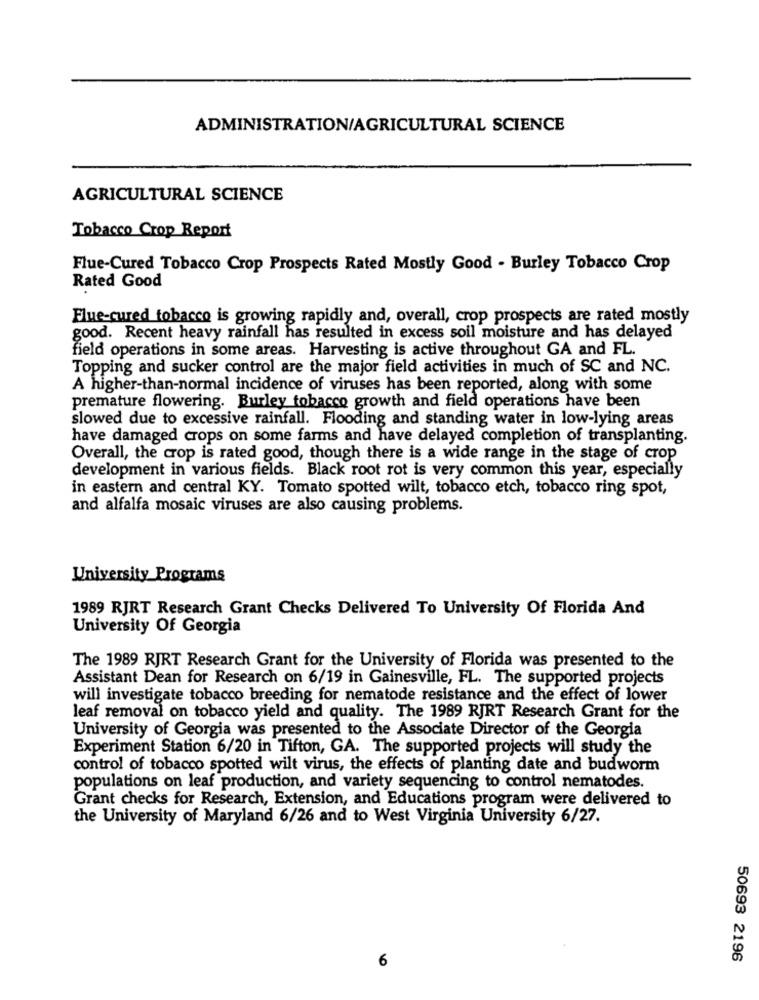
ADMINISTRATION/AGRICULTURAL SCIENCE
AGRICULTURAL SCIENCE
Tobacco Crop Report
Flue-Cured Tobacco Crop Prospects Rated Mostly Good - Burley Tobacco Crop
Rated Good
Flue-cured tobacco is growing rapidly and, overall, crop prospects are rated mostly
good. Recent heavy rainfall has resulted in excess soil moisture and has delayed
field operations in some areas. Harvesting is active throughout GA and FL.
Topping and sucker control are the major field activities in much of SC and NC.
A higher-than-normal incidence of viruses has been reported, along with some
premature flowering. Burley tobacco growth and field operations have been
slowed due to excessive rainfall. Flooding and standing water in low-lying areas
have damaged crops on some farms and have delayed completion of transplanting.
Overall, the crop is rated good, though there is a wide range in the stage of crop
development in various fields. Black root rot is very common this year, especially
in eastern and central KY. Tomato spotted wilt, tobacco etch, tobacco ring spot,
and alfalfa mosaic viruses are also causing problems.
University Programs
1989 RJRT Research Grant Checks Delivered To University Of Florida And
University Of Georgia
The 1989 RJRT Research Grant for the University of Florida was presented to the
Assistant Dean for Research on 6/19 in Gainesville, FL. The supported projects
will investigate tobacco breeding for nematode resistance and the effect of lower
leaf removal on tobacco yield and quality. The 1989 RJRT Research Grant for the
University of Georgia was presented to the Associate Director of the Georgia
Experiment Station 6/20 in Tifton, GA. The supported projects will study the
control of tobacco spotted wilt virus, the effects of planting date and budworm
populations on leaf production, and variety sequencing to control nematodes.
Grant checks for Research, Extension, and Educations program were delivered to
the University of Maryland 6/26 and to West Virginia University 6/27.
50693 2196
6